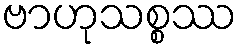
ဗာဟုသစ္စဿ